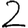
Digit: 2